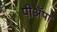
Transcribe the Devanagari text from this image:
पीअॅपा